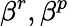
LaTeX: \beta^{r},\beta^{p}